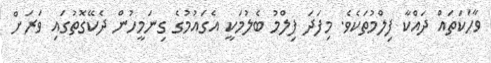
ވާހަކަތައް ދައްކާ ފިލްމުތަކެވެ. މިފަދަ ފިލްމު ބެލުމަކީ އެގައުމުގެ ގިނަމީހުން ދެކޭގޮތުގައި ވަރަށް